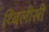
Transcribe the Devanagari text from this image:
थ्बिलीसी